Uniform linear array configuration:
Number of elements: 4
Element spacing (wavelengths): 0.5
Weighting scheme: blackman
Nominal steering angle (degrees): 45
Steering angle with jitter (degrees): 45.463
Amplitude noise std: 0.05
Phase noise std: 0.05

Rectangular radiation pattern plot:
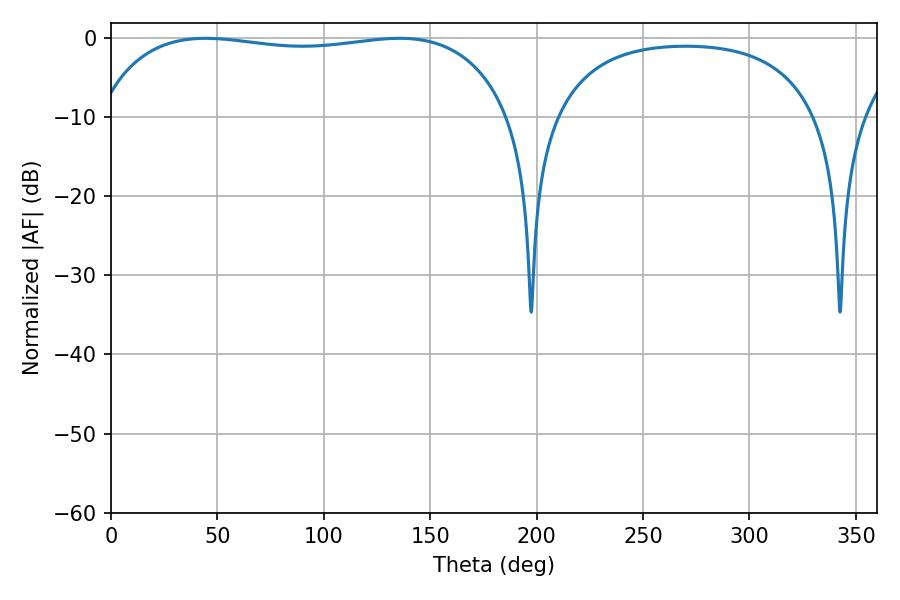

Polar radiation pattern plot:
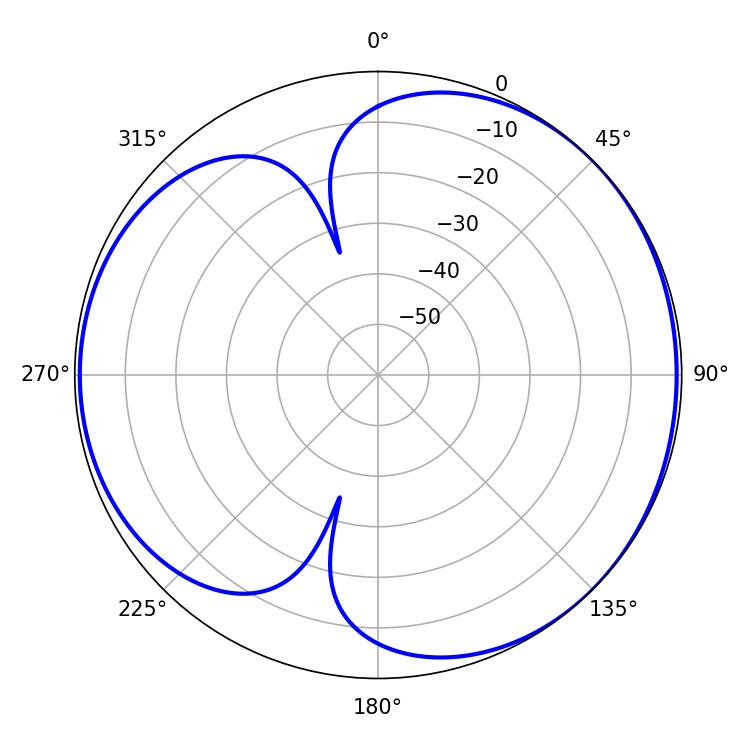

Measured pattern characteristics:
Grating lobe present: FALSE
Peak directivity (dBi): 4.422
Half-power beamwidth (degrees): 156.6
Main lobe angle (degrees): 44.46